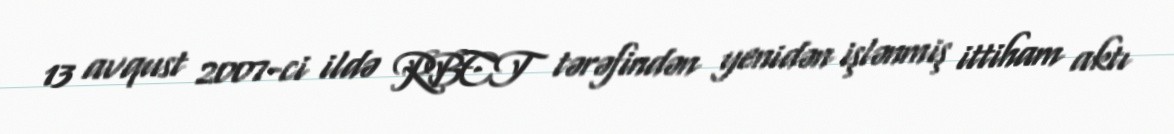
13 avqust 2007-ci ildə RBCT tərəfindən yenidən işlənmiş ittiham aktı